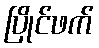
ပြိုင်ဖက်